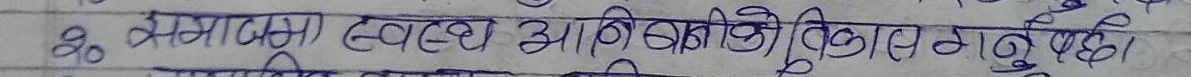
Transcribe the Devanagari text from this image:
२० सरासर स्वास्थ्य आधुनिक विधिको प्रयोग गनु पर्दछ।